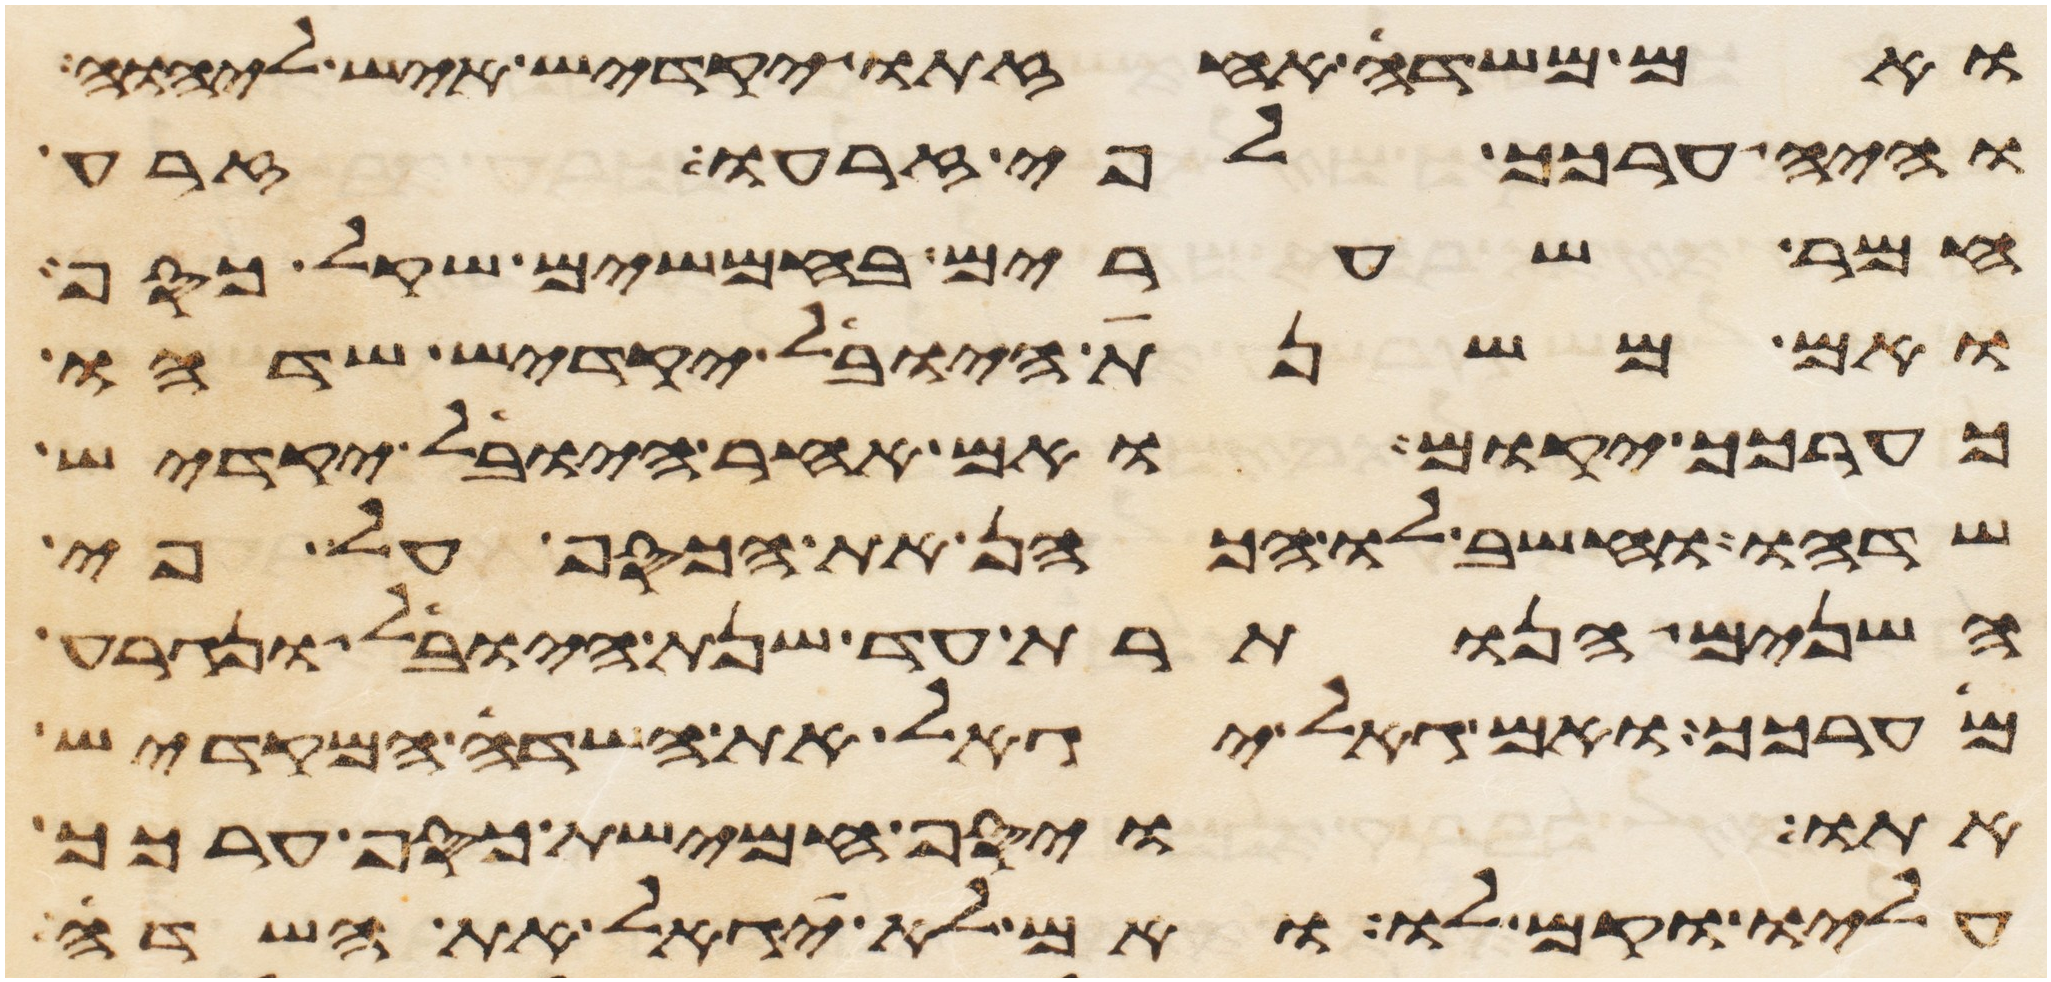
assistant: ואם משדה אחזתו יקדיש איש ליהוה
והיה ערכך לפי זרעו זרע
חמר שערים בחמשים שקל כסף
ואם משנת היובל יקדיש שדהו
כערכך יקום ואם אחר היובל יקדיש
שדהו וחשב לו הכהן את הכסף על פי
השנים הנותרת עד שנת היובל ונגרע
מערכך ואם גאל יגאל את השדה המקדיש
אתו ויסף חמישת כסף ערכך
עליו וקם לו ואם לא יגאל את השדה